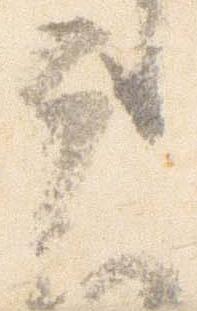
元